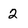
Character: 2